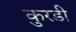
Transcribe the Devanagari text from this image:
कुरडी